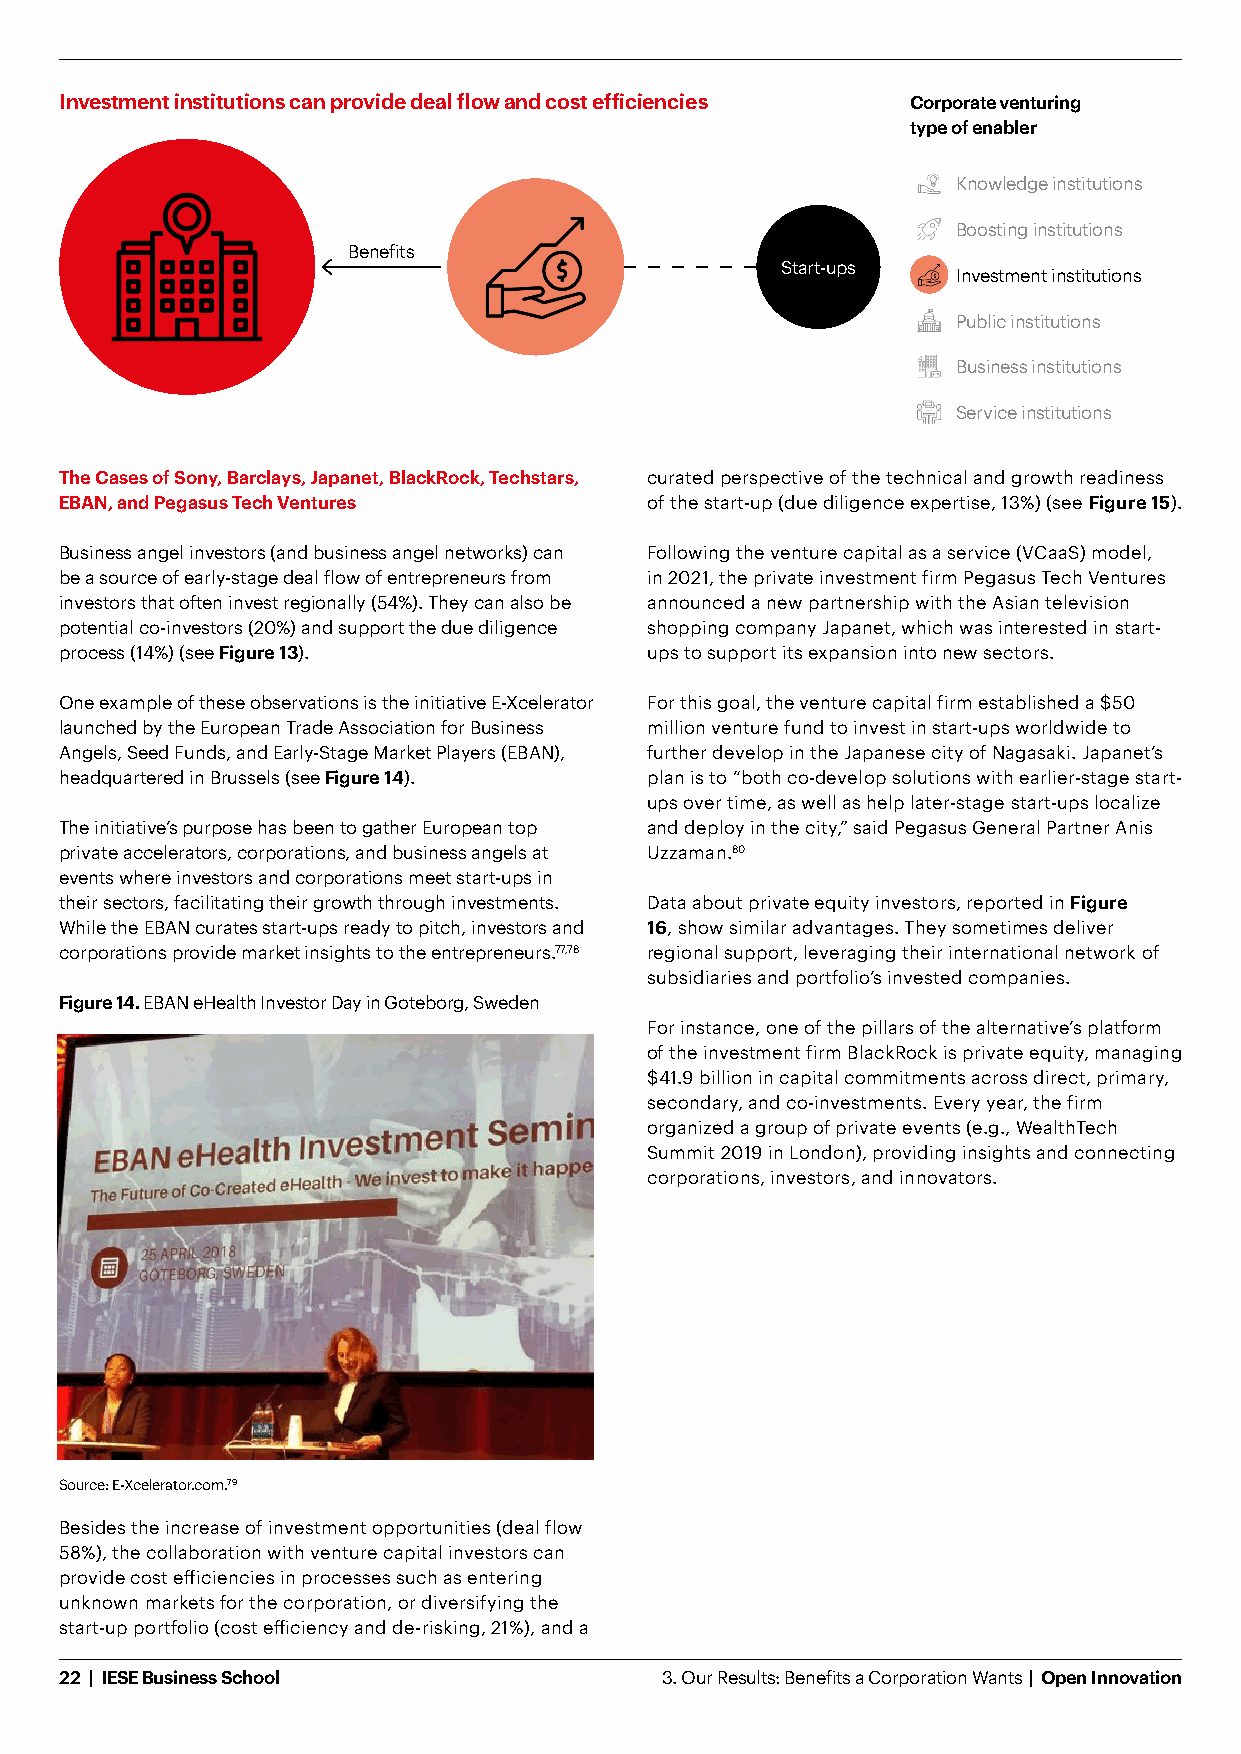
Investment institutions can provide deal flow and cost efficiencies Corporate venturing
 type of enabler
 Knowledge institutions
 Boosting institutions
 Benefits
 Start-ups
 Investment institutions
 Public institutions
 Business institutions
 Service institutions
 The Cases of Sony, Barclays, Japanet, BlackRock, Techstars, curated perspective of the technical and growth readiness
 EBAN, and Pegasus Tech Ventures        of the start-up (due diligence expertise, 13%) (see Figure 15).
 Business angel investors (and business angel networks) can Following the venture capital as a service (VCaaS) model,
 be a source of early-stage deal flow of entrepreneurs from in 2021, the private investment firm Pegasus Tech Ventures
 investors that often invest regionally (54%). They can also be announced a new partnership with the Asian television
 potential co-investors (20%) and support the due diligence shopping company Japanet, which was interested in start-
 process (14%) (see Figure 13).         ups to support its expansion into new sectors.
 One example of these observations is the initiative E-Xcelerator For this goal, the venture capital firm established a $50
 launched by the European Trade Association for Business million venture fund to invest in start-ups worldwide to
 Angels, Seed Funds, and Early-Stage Market Players (EBAN), further develop in the Japanese city of Nagasaki. Japanet’s
 headquartered in Brussels (see Figure 14). plan is to “both co-develop solutions with earlier-stage start-
 ups over time, as well as help later-stage start-ups localize
 The initiative’s purpose has been to gather European top and deploy in the city,” said Pegasus General Partner Anis
 private accelerators, corporations, and business angels at Uzzaman.80
 events where investors and corporations meet start-ups in
 their sectors, facilitating their growth through investments. Data about private equity investors, reported in Figure
 While the EBAN curates start-ups ready to pitch, investors and 16, show similar advantages. They sometimes deliver
 corporations provide market insights to the entrepreneurs.77,78 regional support, leveraging their international network of
 subsidiaries and portfolio’s invested companies.
 Figure 14. EBAN eHealth Investor Day in Goteborg, Sweden
 For instance, one of the pillars of the alternative’s platform
 of the investment firm BlackRock is private equity, managing
 $41.9 billion in capital commitments across direct, primary,
 secondary, and co-investments. Every year, the firm
 organized a group of private events (e.g., WealthTech
 Summit 2019 in London), providing insights and connecting
 corporations, investors, and innovators.
 Source: E-Xcelerator.com.79
 Besides the increase of investment opportunities (deal flow
 58%), the collaboration with venture capital investors can
 provide cost efficiencies in processes such as entering
 unknown markets for the corporation, or diversifying the
 start-up portfolio (cost efficiency and de-risking, 21%), and a
 22 | IESE Business School               3. Our Results: Benefits a Corporation Wants | Open Innovation